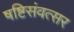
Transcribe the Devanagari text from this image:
षष्टिसंवत्सर